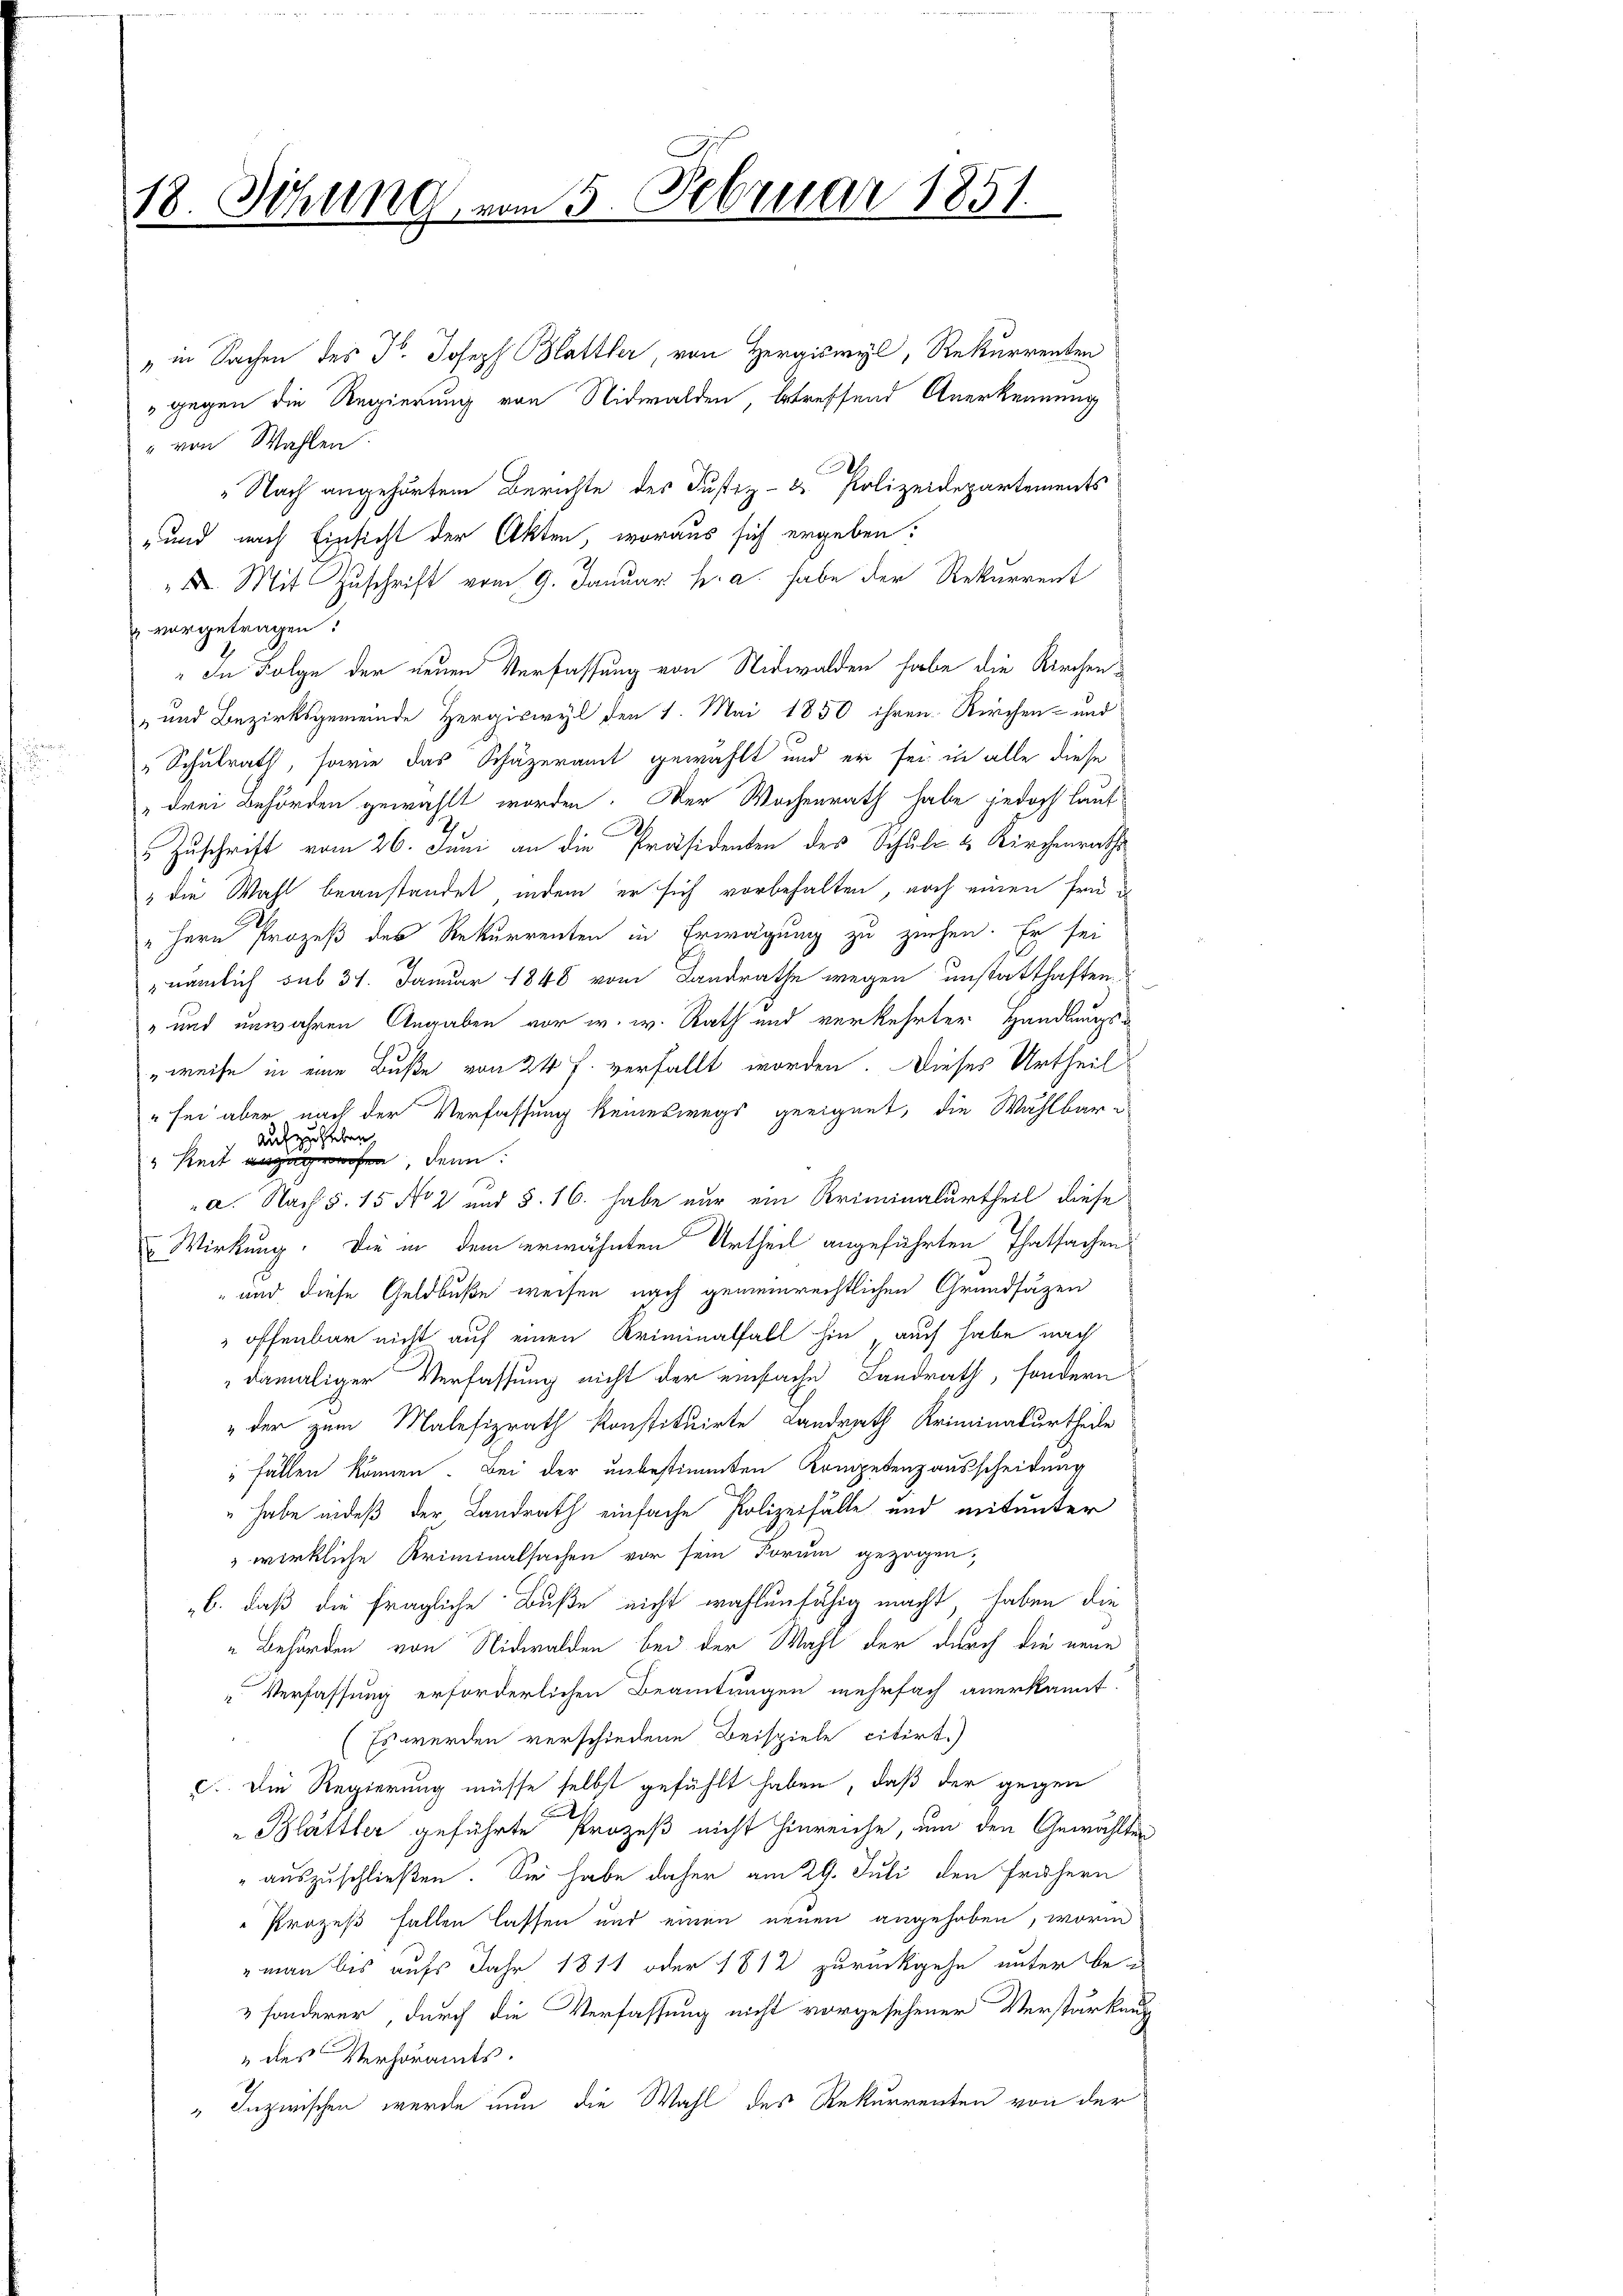
18. Sitzung vom 5. Februar 1851.

" in Sachen des Fr. Joseph Blattler, von Heraiswyl, Rekurrenten
" gegen die Regierung von Nidwalden, betreffend Anerkennung
" von Wahlen.
"Nach angehörtem Berichte des Justiz- & Polizeidepartements
-und nach Einsicht der Akten, woraus sich ergeben:
. Mit Zuschrift vom 9. Januar h. a. habe der Rekurrent
" vorgetragen.
" In Folge der neuen Verfassung von Nidwalden habe die Kirchen¬
" und Bezirksgemeinde Hergiswyl den 1. Mai 1850 ihren Kirchen- und
„Schulrath, sowie das Schäzeramt gewählt und er sei in alle diese
„drei Behörden gewählt worden. Der Wochenrath habe jedoch laut
Zuschrift vom 26. Juni an die Präsidenten des Schul- & Kirchenraths
" die Wahl beanstandet, indem er sich vorbehalten, noch einen frü¬
" Herr Prozeß des Rekurrenten in Erwägung zu ziehen. Er sei
nämlich sub 31. Januar 1848 vom Landrathe wegen unstatthaften
" und unwahren Angaben vor w. w. Rath und verkehrter Handlungs¬
„weise in eine Buße von 24 f. verfällt worden. Dieses Urtheil
" sei aber nach der Verfassung keineswegs geeignet, die Wahlbaraufzuheben
" Reit zugehen, denn
d
a. Nach §. 15 No 2 und §. 16. habe nur ein Kriminalurtheil diese
Wirkung. Die in dem erwähnten Urtheil angeführten Thatsachen
" und diese Geldbuße weisen nach gemeinrechtlichen Grundsätzen
 offenbar nicht auf einen Kriminalfall hin, auch habe nach
damaliger Verfassung nicht der einfache Landrath, sondern
" der zum Malefizrath konstituirte Landrath Kriminalurtheile
" fällen können. Bei der unbestimmten Kompetenzausscheidung
 habe indeß der Landrath einfache Polizeifälle und mitunter
wirkliche Kriminalsachen vor sein Forum gezogen,
„b. daß die fragliche Buße nicht wahlenfähig macht haben die
„ Behörden von Nidwalden bei der Wahl der durch die neue
“ Verfassung erforderlichen Beamtungen mehrfach anerkannt.
Es werden verschiedene Beispiele citirt.)
c. Die Regierung müsse selbst gefühlt haben, daß der gegen
Blättler geführte Prozeß nicht hinreiche, um den Gewählten
" auszuschließen. Sie habe daher am 29. Juli den frühern
Prozeß fallen lassen und einen neuen angehoben, worin
 man bis aufs Jahr 1811 oder 1812 zurückgehe unter be-
 sonderer durch die Verfassung nicht vorgesehener Verstärkung
 des Verhöramts¬
" Inzwischen werde nun die Wahl des Rekurrenten von der